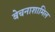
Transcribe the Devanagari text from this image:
बेचनाशामिल